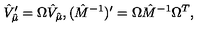
{ \hat { V } } _ { \hat { \mu } } ^ { \prime } = \Omega { \hat { V } } _ { \hat { \mu } } , ( { \hat { M } } ^ { - 1 } ) ^ { \prime } = \Omega { \hat { M } } ^ { - 1 } \Omega ^ { T } ,